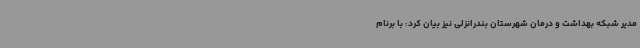
مدیر شبکه بهداشت و درمان شهرستان بندرانزلی نیز بیان کرد: با برنام